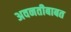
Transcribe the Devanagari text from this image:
अवनतीबाबत